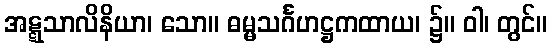
အဋ္ဋသာလိနိယာ၊ သော။ ဓမ္မသင်္ဂဟဋ္ဌကထာယ၊ ၌။ ဝါ၊ တွင်။